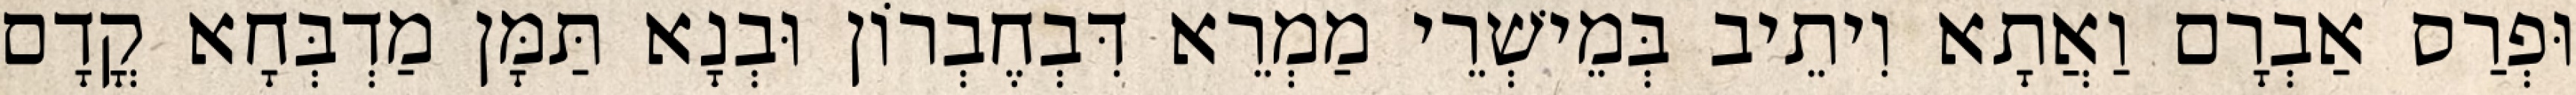
וּפְרַס אַבְרָם וַאֲתָא וִיתֵיב בְּמֵישְׁרֵי מַמְרֵא דִּבְחֶבְרוֹן וּבְנָא תַּמָּן מַדְבְּחָא קֳדָם